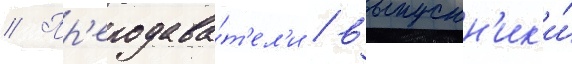
// Пр'еподава́т'ел'и / выпускн'ик'и́